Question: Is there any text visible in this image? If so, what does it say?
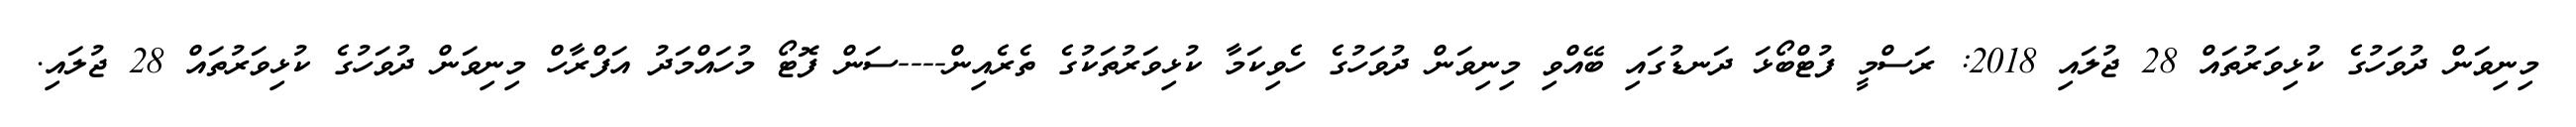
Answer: މިނިވަން ދުވަހުގެ ކުޅިވަރުތައް 28 ޖުލައި 2018: ރަސްމީ ފުޓްބޯޅަ ދަނޑުގައި ބޭއްވި މިނިވަން ދުވަހުގެ ހެވިކަމާ ކުޅިވަރުތަކުގެ ތެރެއިން----ސަން ފޮޓޯ މުހައްމަދު އަފްރާހް މިނިވަން ދުވަހުގެ ކުޅިވަރުތައް 28 ޖުލައި.